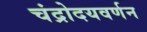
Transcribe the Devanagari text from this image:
चंद्रोदयवर्णन